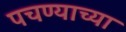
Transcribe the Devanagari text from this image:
पचण्याच्या